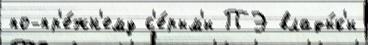
по-пр'е́жн'ему с'е́рым'и ПЭ влады́к'и